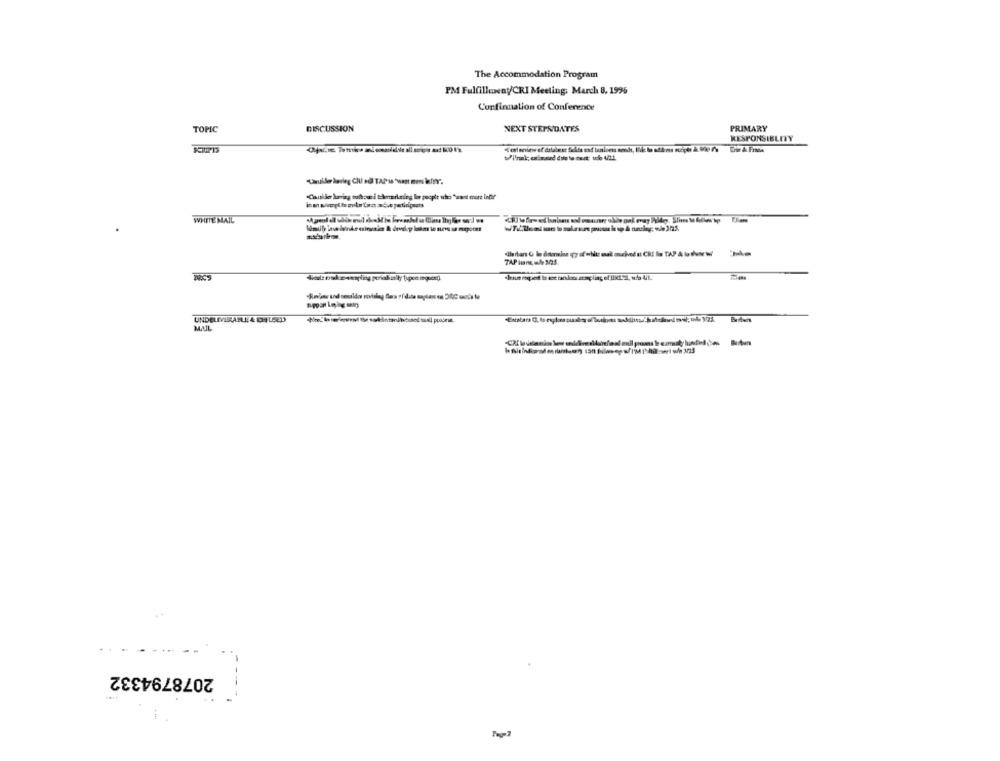
The Accommodation Program
PM Fulfillexeny/CRI Meeting: March 8, 1996
Corfinnation of Conference
TOPIC
DISCUSSION
NEXT STEPSDATES
PRIMARY
RESPONSIBLETY
Caulker kadag oshos i thenerkedeg los people who "want more inti?"
WHITE MAIL
UNDELIVERANLA DELSE3
MAIL
2078794332